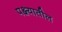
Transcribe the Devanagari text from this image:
पक्ष्यातील